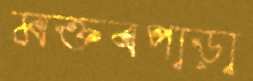
মক্তবপাড়া